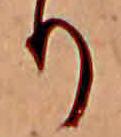
り